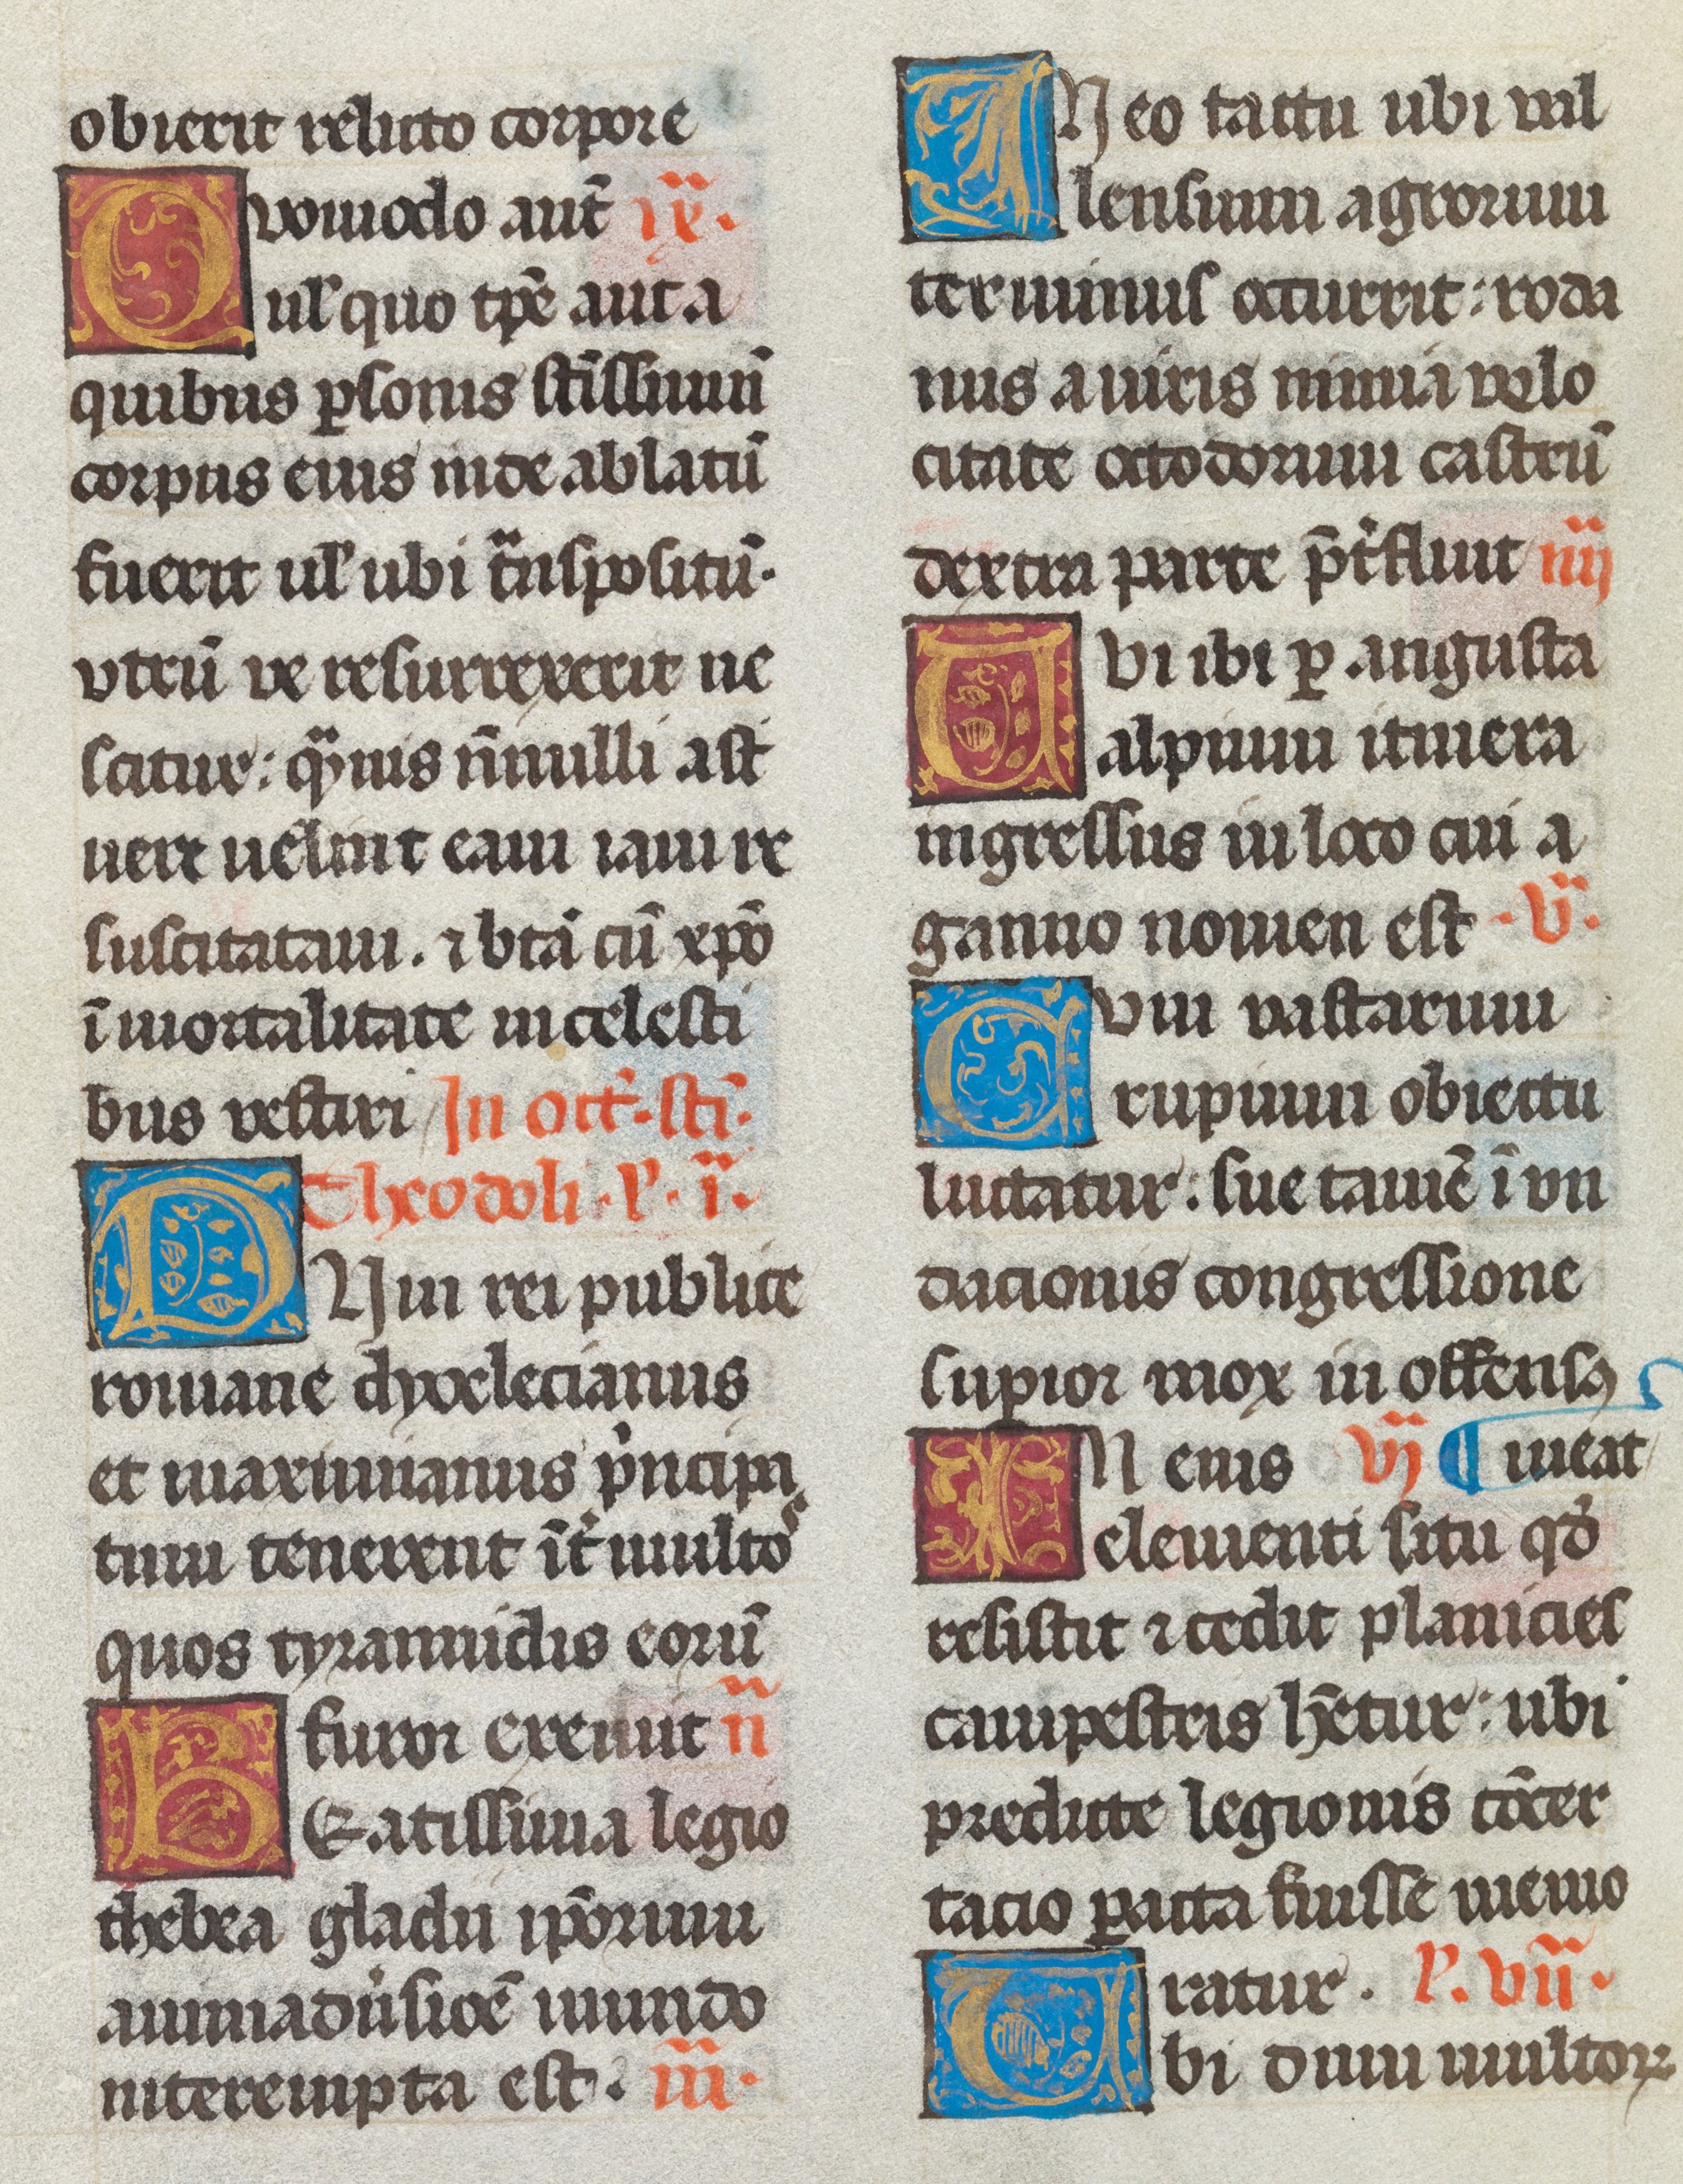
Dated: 1493–1493